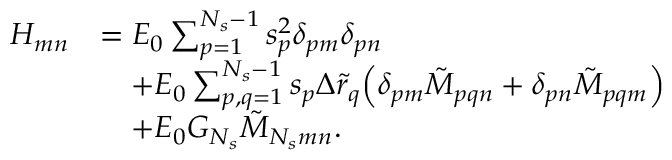
\begin{array} { r l } { H _ { m n } } & { = E _ { 0 } \sum _ { p = 1 } ^ { N _ { s } - 1 } { s _ { p } ^ { 2 } \delta _ { p m } \delta _ { p n } } } \\ & { \quad + E _ { 0 } \sum _ { p , q = 1 } ^ { N _ { s } - 1 } { s _ { p } \Delta \tilde { r } _ { q } \Big ( \delta _ { p m } \tilde { M } _ { p q n } + \delta _ { p n } \tilde { M } _ { p q m } \Big ) } } \\ & { \quad + E _ { 0 } G _ { N _ { s } } \tilde { M } _ { N _ { s } m n } . } \end{array}